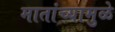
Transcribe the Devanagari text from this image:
मातांच्यामुळे